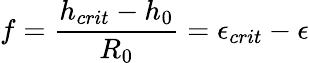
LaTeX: f=\frac{h_{crit}-h_{0}}{R_{0}}={\epsilon}_{crit}-{\epsilon}